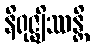
နိရုဇ္ဈိဿန္တိ